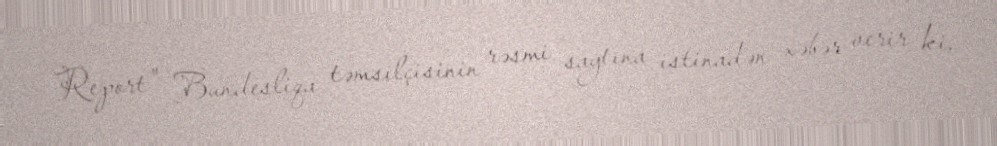
Report" Bundesliqa təmsilçisinin rəsmi saytına istinadən xəbər verir ki,